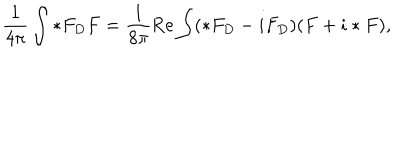
\frac { 1 } { 4 \pi } \int * F _ { D } F = \frac { 1 } { 8 \pi } \mathrm { R e } \int ( * F _ { D } - i F _ { D } ) ( F + i * F ) ,